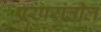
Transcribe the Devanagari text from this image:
परंपरांतील